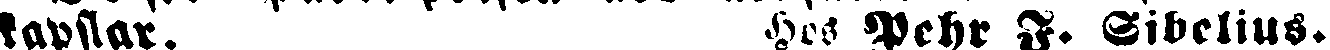
tavflar. Hos Pehr J. Sibelius.